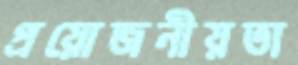
প্রয়োজনীয়তা